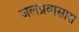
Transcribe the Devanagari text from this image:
जलप्रवासास